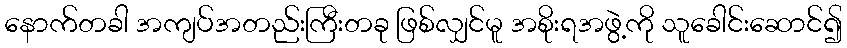
နောက်တခါ အကျပ်အတည်းကြီးတခု ဖြစ်လျှင်မူ အစိုးရအဖွဲ့ကို သူခေါင်းဆောင်၍